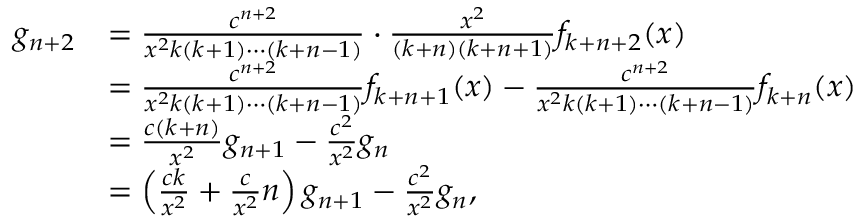
{ \begin{array} { r l } { g _ { n + 2 } } & { = { \frac { c ^ { n + 2 } } { x ^ { 2 } k ( k + 1 ) \cdots ( k + n - 1 ) } } \cdot { \frac { x ^ { 2 } } { ( k + n ) ( k + n + 1 ) } } f _ { k + n + 2 } ( x ) } \\ & { = { \frac { c ^ { n + 2 } } { x ^ { 2 } k ( k + 1 ) \cdots ( k + n - 1 ) } } f _ { k + n + 1 } ( x ) - { \frac { c ^ { n + 2 } } { x ^ { 2 } k ( k + 1 ) \cdots ( k + n - 1 ) } } f _ { k + n } ( x ) } \\ & { = { \frac { c ( k + n ) } { x ^ { 2 } } } g _ { n + 1 } - { \frac { c ^ { 2 } } { x ^ { 2 } } } g _ { n } } \\ & { = \left( { \frac { c k } { x ^ { 2 } } } + { \frac { c } { x ^ { 2 } } } n \right) g _ { n + 1 } - { \frac { c ^ { 2 } } { x ^ { 2 } } } g _ { n } , } \end{array} }